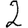
Digit: 2